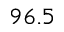
9 6 . 5